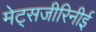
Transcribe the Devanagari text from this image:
मेट्सजीरिनीई